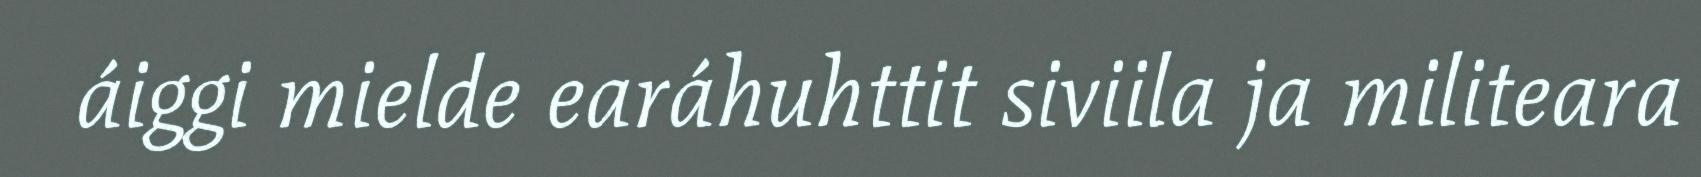
áiggi mielde earáhuhttit siviila ja militeara